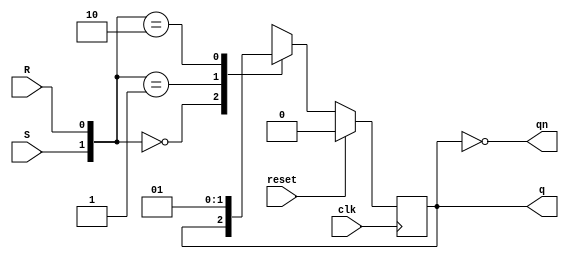
module SRFlipFlop(
    input S,
    input R,
    input clk,
  input reset,
    output reg q,
    output reg qn
);
  
    assign qn = ~q;

  always@(posedge clk) begin
    
    if(reset==1) q=0;
  else
    
    case({S,R})
      2'b00: q<=q;
      2'b01: q<=0;
      2'b10: q<=1;
      2'b11: q<=1'bx;
    endcase
    
    end
  
endmodule